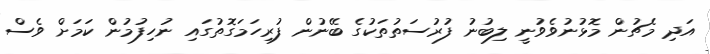
އަދި މެޗުން މޮޅުނުވެވުނީ ލިބުނު ފުރުސަތުތަކުގެ ބޭނުން ފުރިހަމަގޮތުގައި ނުހިފުމުން ކަމަށް ވެސް